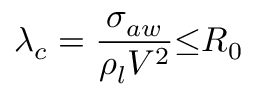
{ \lambda } _ { c } = \frac { { \sigma } _ { a w } } { { \rho } _ { l } V ^ { 2 } } { \leq } R _ { 0 }